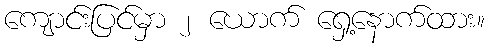
ကျောင်းပြင်မှာ ၂ ယောက် ရှေ့နောက်ထား။